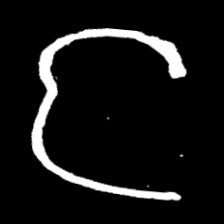
Pyu character \u2014 Myanmar letter: င (romanized: nga)